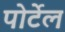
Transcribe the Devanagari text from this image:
पोर्टेल